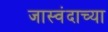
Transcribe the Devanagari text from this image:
जास्वंदाच्या